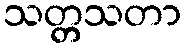
သတ္တသတာ